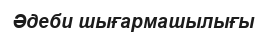
Әдеби шығармашылығы